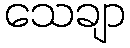
သေချာ